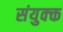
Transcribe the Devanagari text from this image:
संयुक्क्त